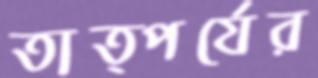
তাত্পর্যের